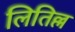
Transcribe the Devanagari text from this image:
लितिल्ल